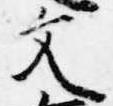
文